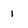
Character: 1